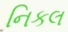
નિકલ